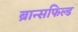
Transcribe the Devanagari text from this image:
ब्रान्सफिल्ड